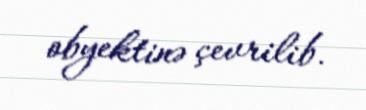
obyektinə çevrilib.